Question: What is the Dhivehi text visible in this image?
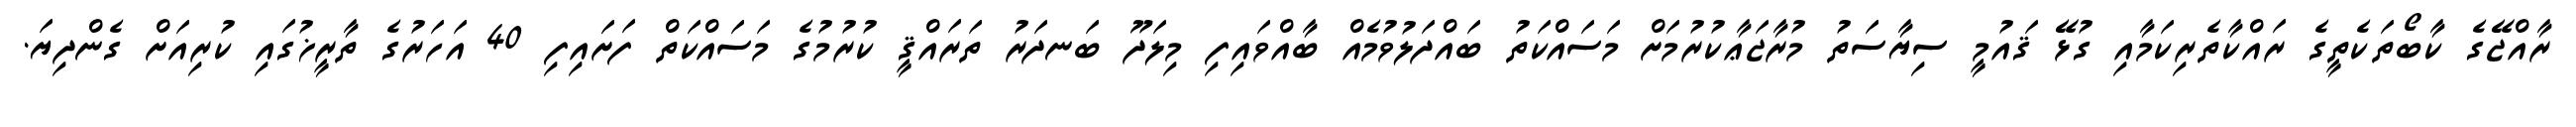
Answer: ރާއްޖޭގެ ކާބޯތަކެތީގެ ރައްކާތެރިކަމާއި ގުޅޭ ޤައުމީ ސިޔާސަތު މުރާޖަޢާކުރުމަށް މަސައްކަތު ބައްދަލުވުމެއް ބާއްވައިފި މިލަދޫ ބަނދަރު ތަރައްޤީ ކުރުމުގެ މަސައްކަތް ފަށައިފި 40 އަހަރުގެ ތާރީޚުގައި ކުރިއަށް ގެންދިޔަ.